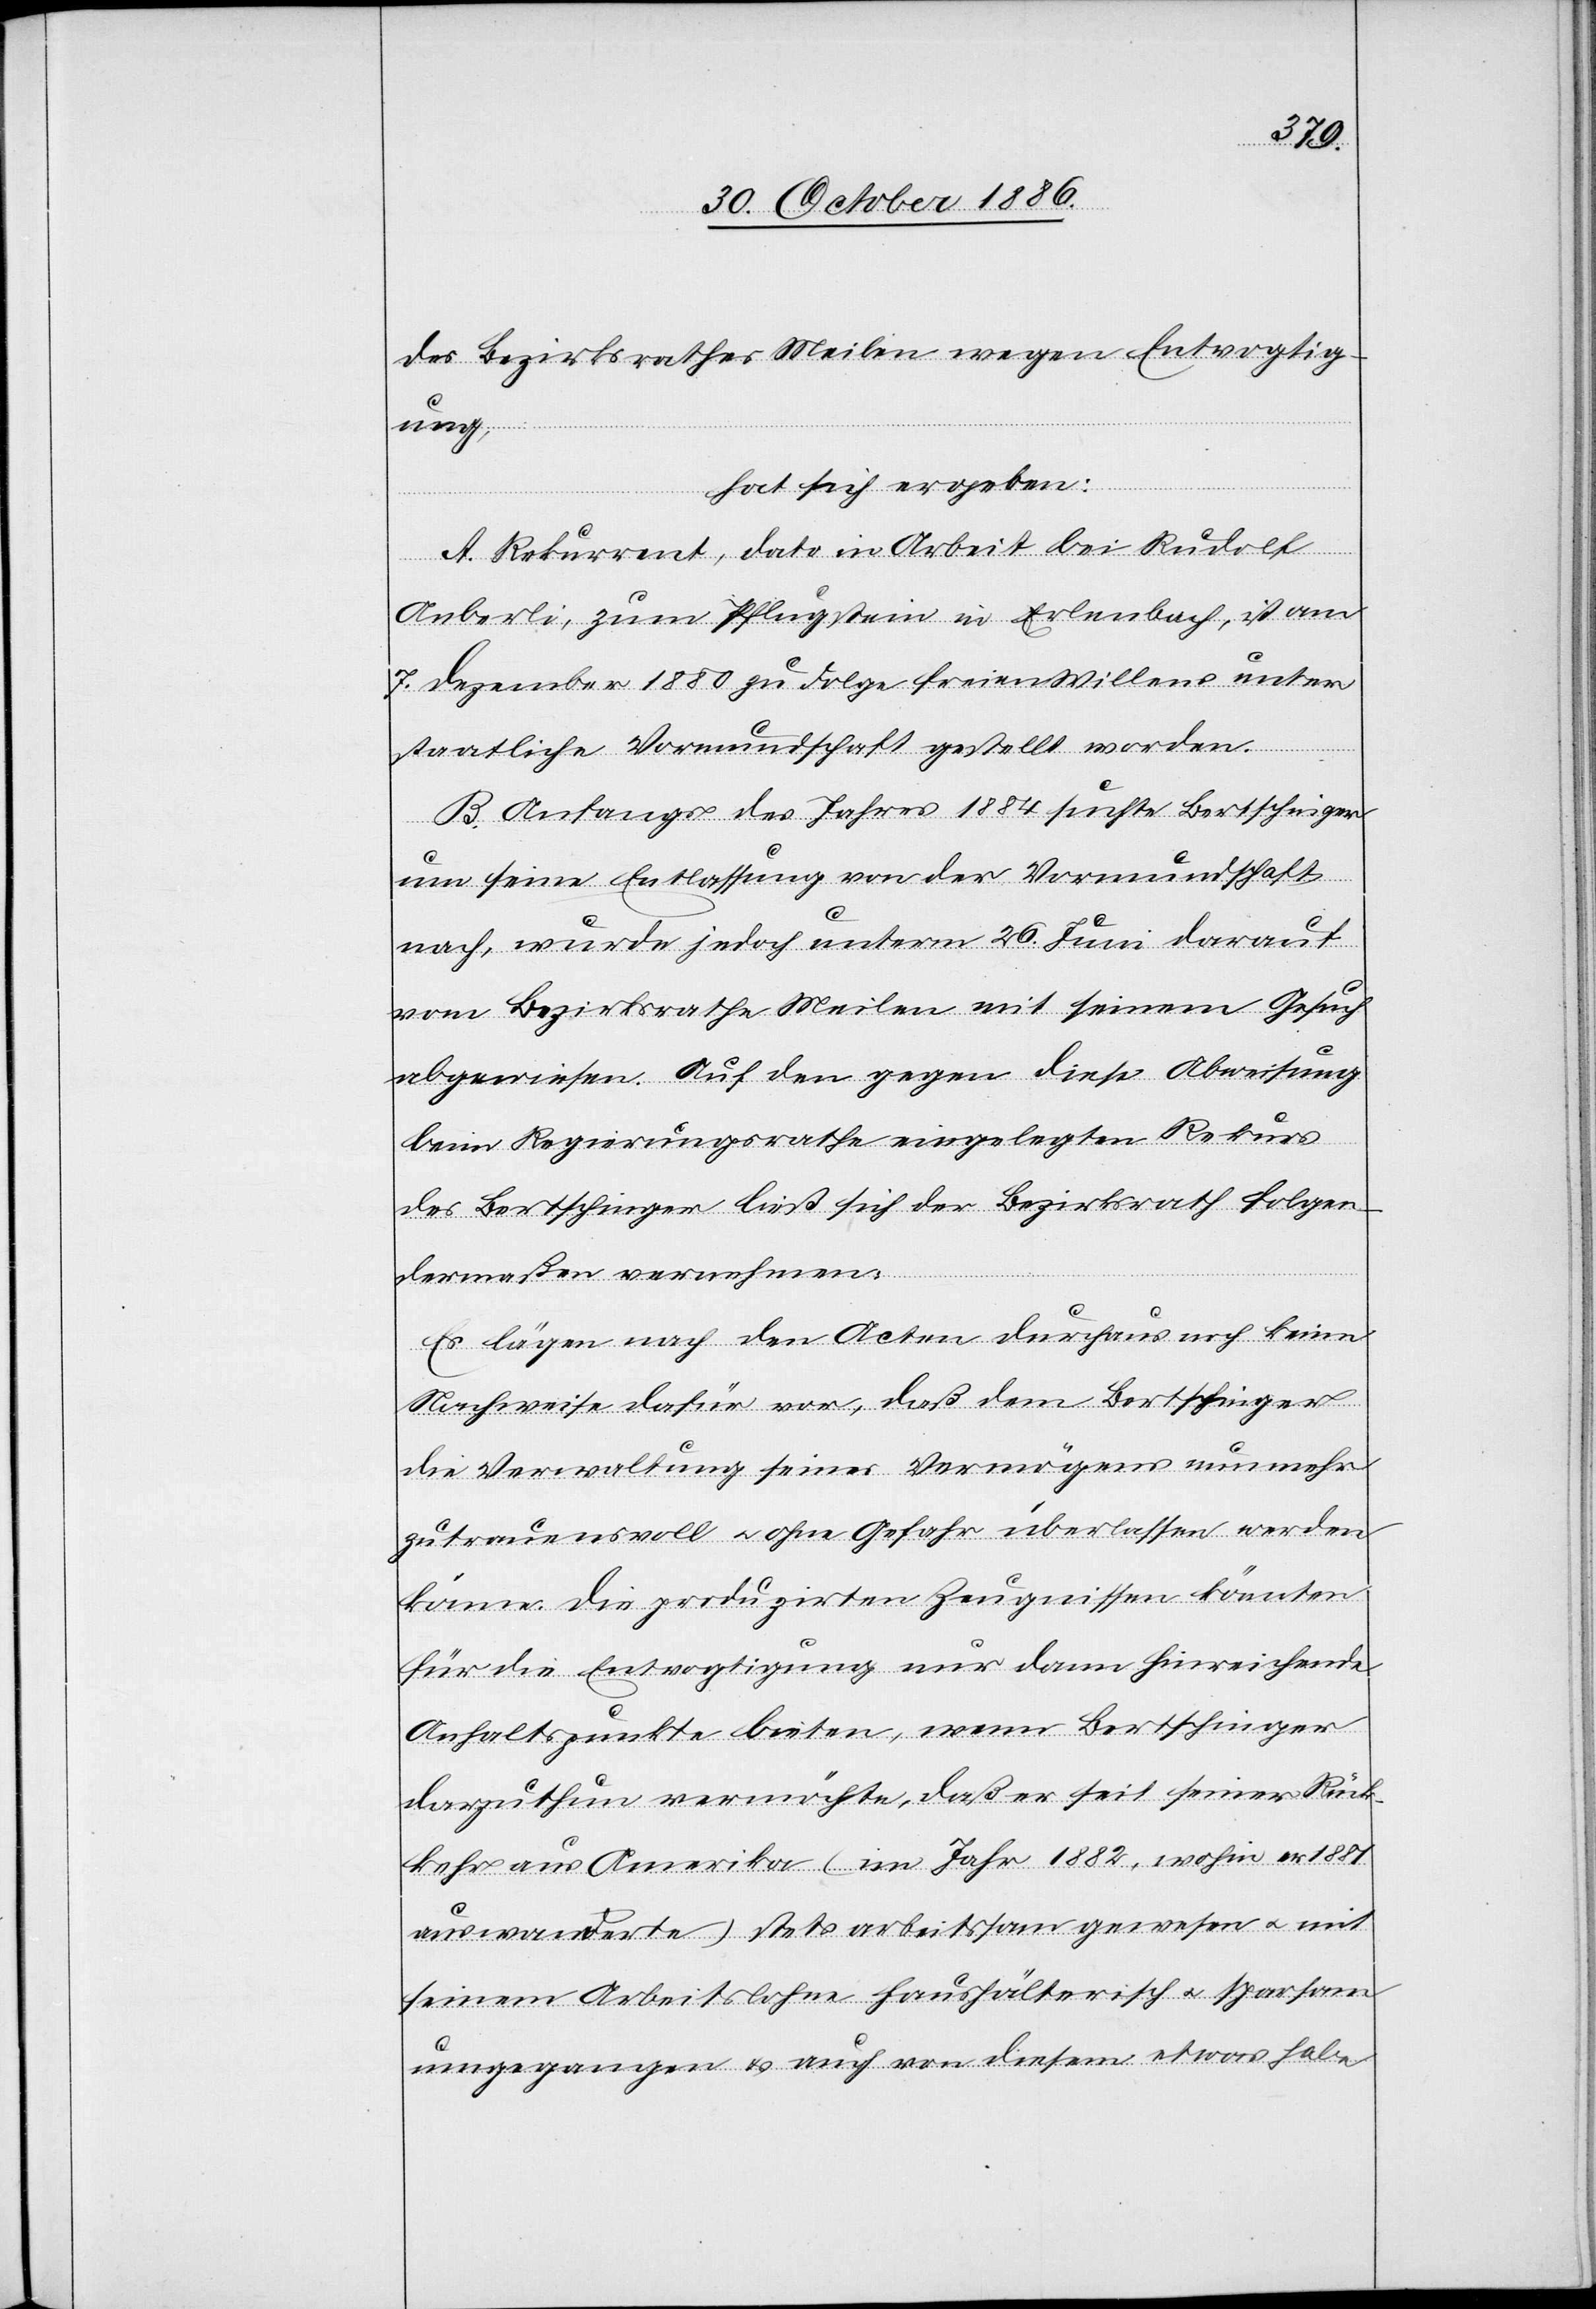
des Bezirksrathes Meilen wegen Entvogtig¬
ung,
hat sich ergeben:
A. Rekurrent, dato in Arbeit bei Rudolf
Aeberli, zum Pflugstein in Erlenbach, ist am
7. Dezember 1880 zu Folge freien Willens unter
staatliche Vormundschaft gestellt worden.
B. Anfangs des Jahres 1884 suchte Bertschinger
um seine Entlassung von der Vormundschaft
nach, wurde jedoch unterm 26. Juni darauf
vom Bezirksrathe Meilen mit seinem Gesuch
abgewiesen. Auf den gegen diese Abweisung
beim Regierungsrathe eingelegten Rekurs
des Bertschinger ließ sich der Bezirksrath folgen¬
dermaßen vernehmen:
Es lägen nach den Acten durchaus noch keine
Nachweise dafür vor, daß dem Bertschinger
die Verwaltung seines Vermögens nunmehr
zutrauensvoll & ohne Gefahr überlassen werden
könne. Die produzirten Zeugnissen [sic!] könnten
für die Entvogtigung nur dann hinreichende
Anhaltspunkte bieten, wenn Bertschinger
darzuthun vermöchte, daß er seit seiner Rück¬
kehr aus Amerika (im Jahr 1882, wohin er 1881
auswanderte) stets arbeitssam gewesen & mit
seinem Arbeitslohne haushälterisch & sparsam
umgegangen & auch von diesem etwas habe